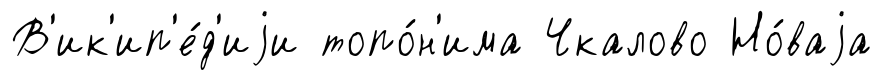
В'ик'ип'е́д'иjи топо́н'има Чкалово Но́ваjа